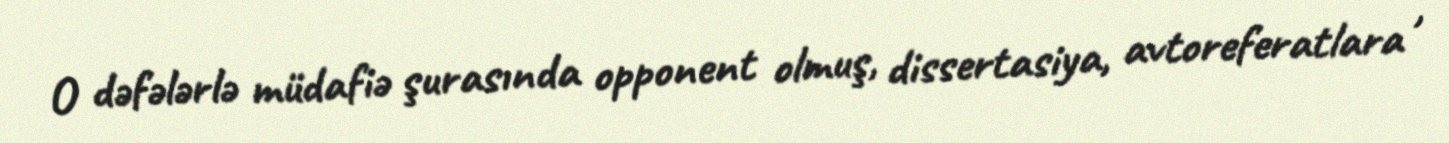
O dəfələrlə müdafiə şurasında opponent olmuş, dissertasiya, avtoreferatlara ,